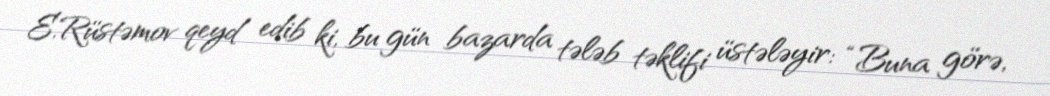
E.Rüstəmov qeyd edib ki, bu gün bazarda tələb təklifi üstələyir: “Buna görə,